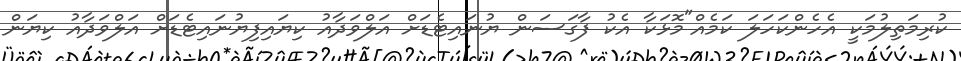
ކުރިމަތިލުމަކީ އެހެންކަހަލަ ކަމެއް"މޮޅަކާ އެކު ފާގަސަން ޔުނައިޓެޑަށް އަލްވަދާއު ކިޔައިފިޔުނައިޓެޑަށް އަލްވަދާއު ކިޔަން